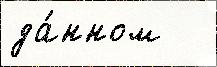
да́нном